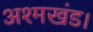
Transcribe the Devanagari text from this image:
अश्मखंड।